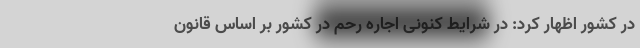
در کشور اظهار کرد: در شرایط کنونی اجاره رحم در کشور بر اساس قانون